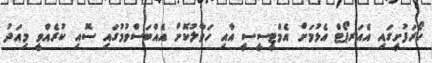
ހޯރަފުށީގައި އެއަރޕޯޓް އެޅުމަށް އެމްޓީސީސީ އާއި ހަވާލުކޮށް އެއްބަސްވުމުގައި ސޮއި ކުރެއްވީ މިއަދު